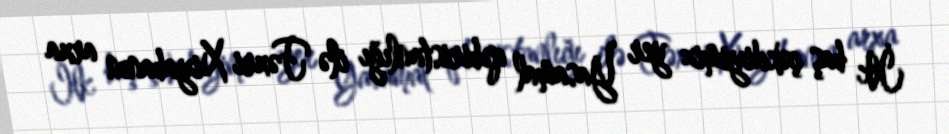
İlk baş çəkdiyimiz yer Yasamal qəbiristanlığı ilə Fəxri Xiyabanın arxa